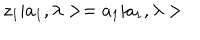
LaTeX: z _ { 1 } | a _ { 1 } , \lambda > = a _ { 1 } | a _ { 1 } , \lambda >